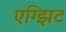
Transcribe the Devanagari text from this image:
एग्झिट